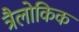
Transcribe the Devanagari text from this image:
त्रैलोकिक